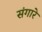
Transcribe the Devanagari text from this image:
संगारे